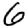
Digit: 6